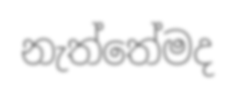
නැත්තේමද